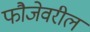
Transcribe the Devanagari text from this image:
फौजेवरील